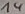
Text: 14